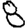
Digit: 8